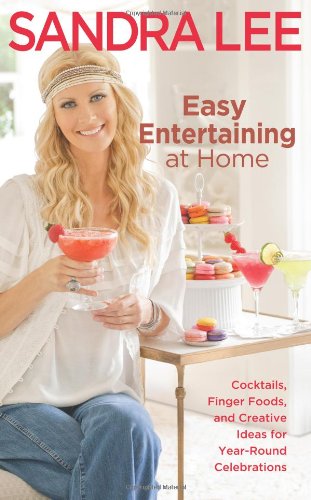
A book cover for Easy Entertaining at Home: Cocktails, Finger Foods, and Creative Ideas for Year-Round Celebrations; Sandra Lee; Cookbooks, Food & Wine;